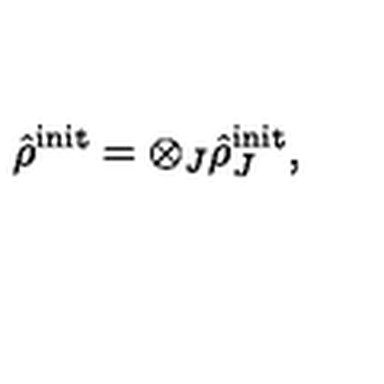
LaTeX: \hat { \rho } ^ { \mathrm { \scriptsize { i n i t } } } = \otimes _ { J } \hat { \rho } _ { J } ^ { \mathrm { \scriptsize { i n i t } } } ,